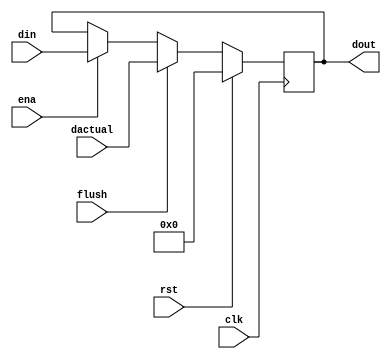
`timescale 1ns/1ps
// PCD
module pc (
    input wire clk,rst,ena,flush,
    input wire[31:0]dactual,
    input wire[31:0]din,

    output reg[31:0]dout
);
    initial begin
        dout <= 32'b0;
    end
    always @(posedge clk) begin
        if(rst) dout <= 32'b0;
        else if(flush) dout <= dactual; 
        else if(ena) dout <= din;
    end
endmodule